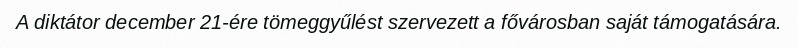
A diktátor december 21-ére tömeggyűlést szervezett a fővárosban saját támogatására.